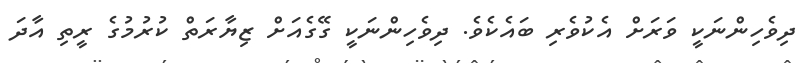
ދިވެހިންނަކީ ވަރަށް އެކުވެރި ބައެކެވެ. ދިވެހިންނަކީ ގޭގެއަށް ޒިޔާރަތް ކުރުމުގެ ރީތި އާދަ